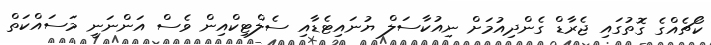
ކޯޗެއްގެ ގޮތުގައި ޖެރާޑް ގެންދިއުމަށް ނިއުކާސަލް ޔުނައިޓެޑާއި ސެލްޓިކްއިން ވެސް އަންނަނީ މަސައްކަތް